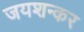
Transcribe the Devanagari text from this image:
जयशन्कर